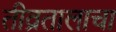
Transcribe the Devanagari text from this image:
तीव्रतालाचा